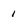
Character: 1